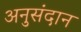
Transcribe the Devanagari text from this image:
अनुसंदान